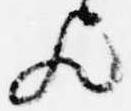
歟